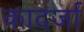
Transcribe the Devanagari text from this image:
कादर्जा